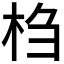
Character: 𰗙